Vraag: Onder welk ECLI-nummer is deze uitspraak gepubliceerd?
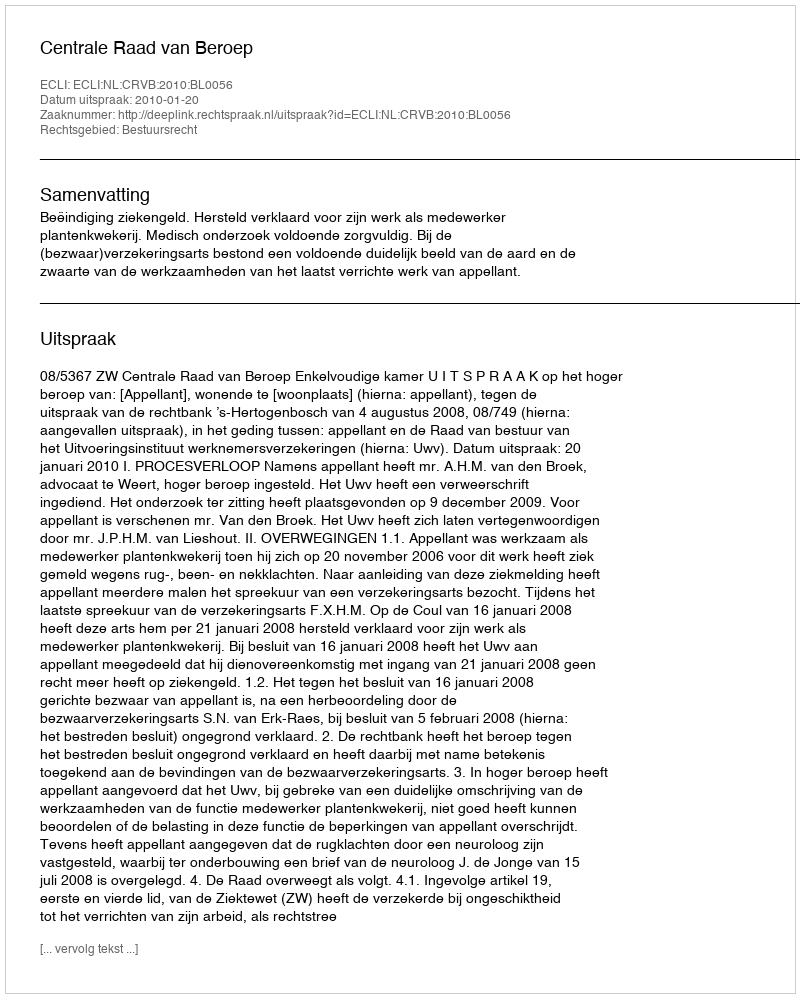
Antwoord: ECLI:NL:CRVB:2010:BL0056